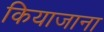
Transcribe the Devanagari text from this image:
कियाजाना